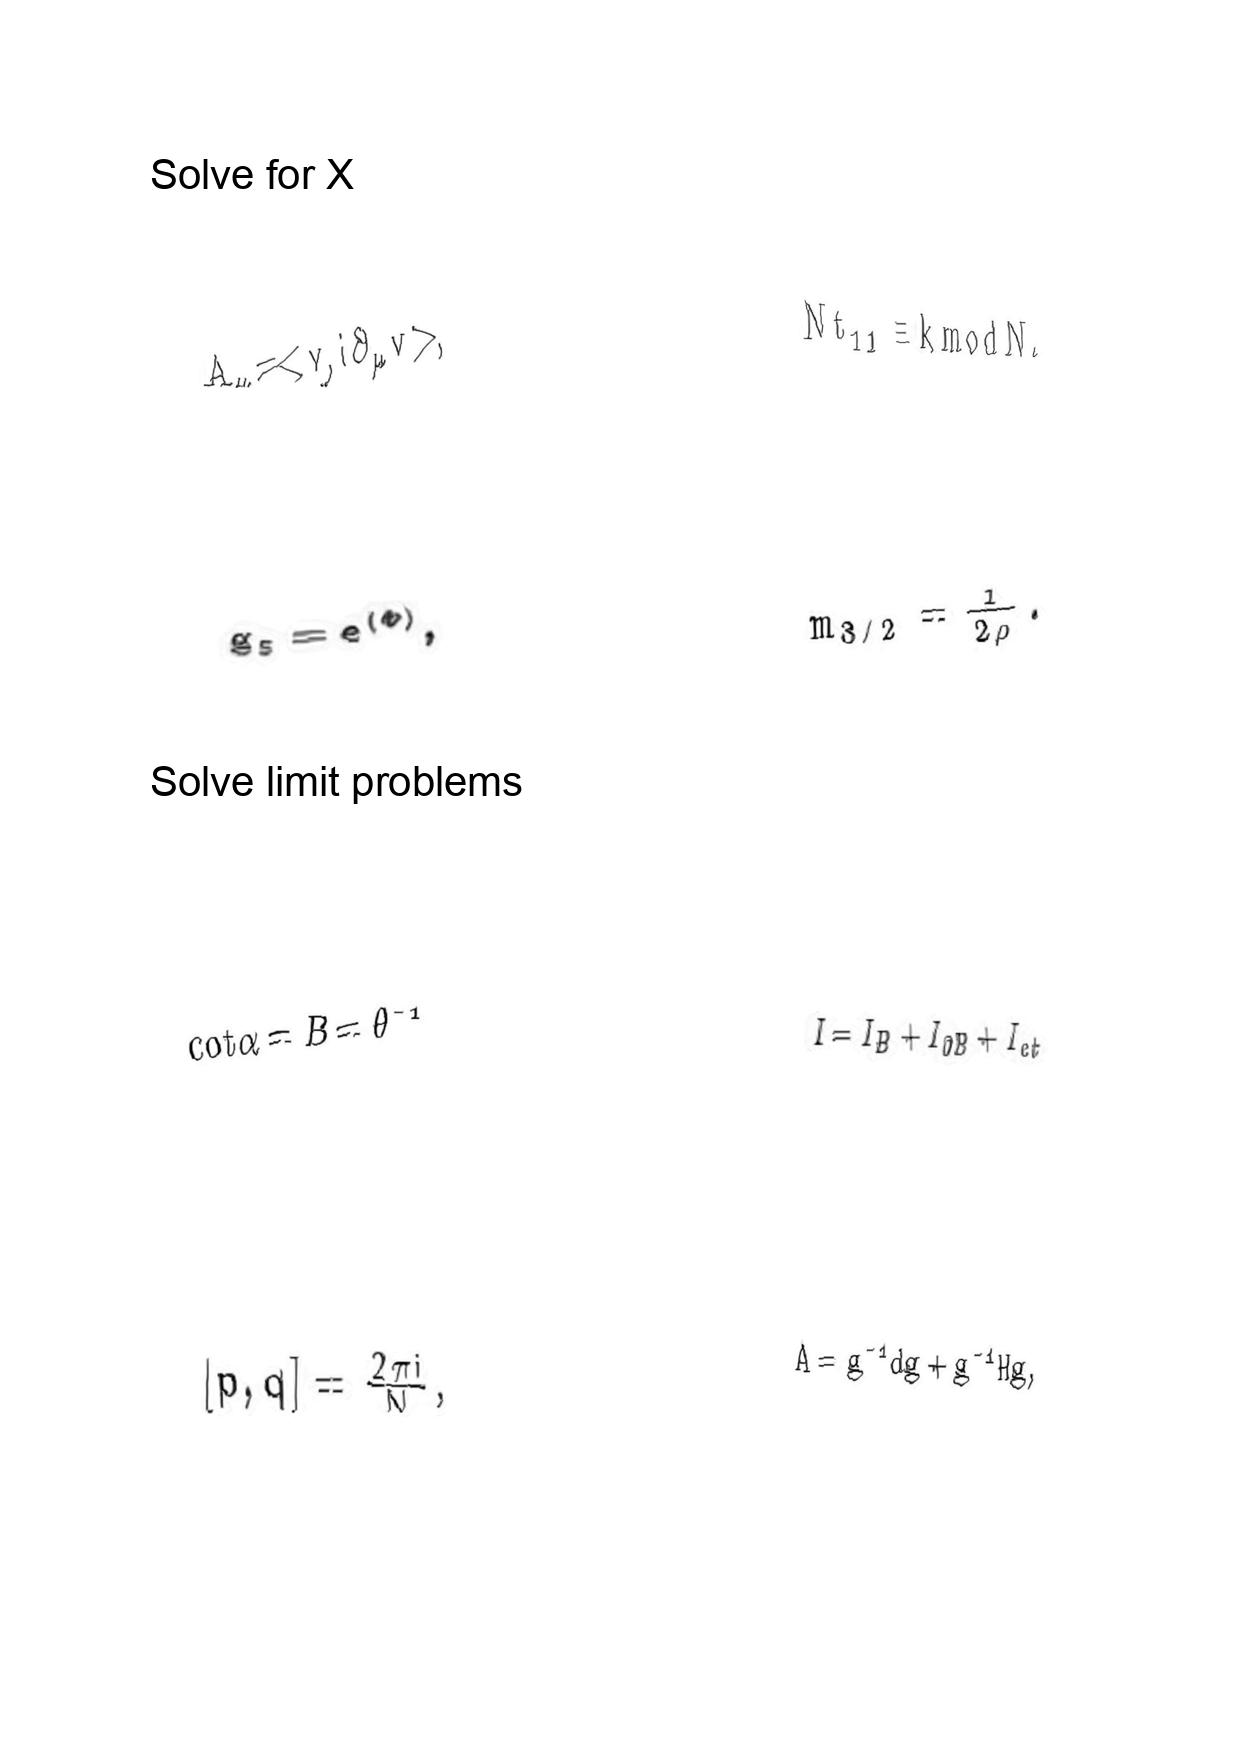
LaTeX transcription:
A _ { \mu } = \lt v , i \partial _ { \mu } v \gt ,
g _ { s } = e ^ { \langle \Phi \rangle } ,
\mathrm { c o t } \alpha = B = \theta ^ { - 1 }
\lbrack p , q \rbrack = \frac { 2 \pi i } { N } ,
N t _ { 1 1 } \equiv k \mathrm { m o d } N .
m _ { 3 / 2 } = \frac { 1 } { 2 \rho } .
I = I _ { B } + I _ { \partial B } + I _ { c t }
A = g ^ { - 1 } d g + g ^ { - 1 } H g ,